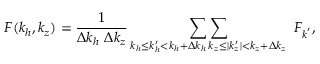
F ( k _ { h } , k _ { z } ) = \frac { 1 } { \Delta k _ { h } ~ \Delta k _ { z } } \mathop { \sum \sum } _ { \substack { k _ { h } \leq k _ { h } ^ { \prime } < k _ { h } + \Delta k _ { h } \, k _ { z } \leq | k _ { z } ^ { \prime } | < k _ { z } + \Delta k _ { z } } } ~ F _ { \boldsymbol { k } ^ { \prime } } ,